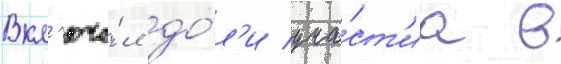
Вкл'юча́л до́л'и уча́ст'иа в